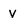
Character: V